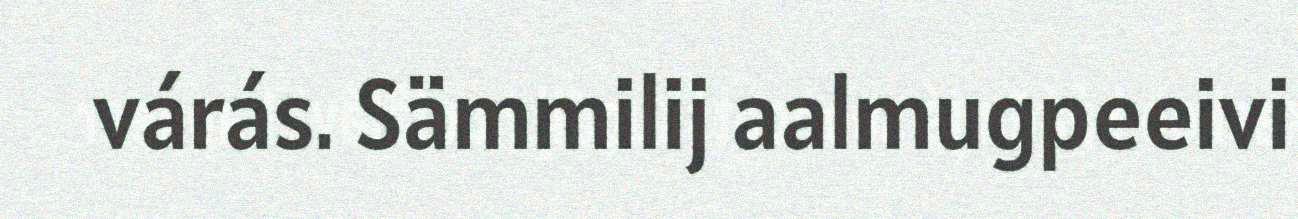
várás. Sämmilij aalmugpeeivi